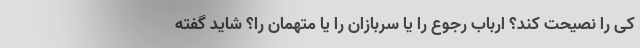
کی را نصیحت کند؟ ارباب رجوع را یا سربازان را یا متهمان را؟ شاید گفته